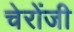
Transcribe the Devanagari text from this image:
चेरोंजी